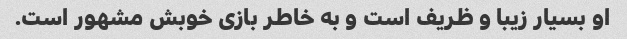
او بسیار زیبا و ظریف است و به خاطر بازی خوبش مشهور است.